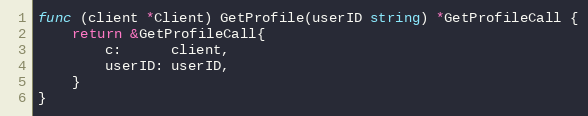
Language: Go
func (client *Client) GetProfile(userID string) *GetProfileCall {
	return &GetProfileCall{
		c:      client,
		userID: userID,
	}
}